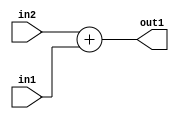
`timescale 1ps / 1ps
/*****************************************************************************
    Verilog RTL Description
    
    
    Created by: Stratus DpOpt 2019.1.01 
*******************************************************************************/

module st_weight_addr_gen_Add_32Ux16U_32U_4_0 (
	in2,
	in1,
	out1
	); /* architecture "behavioural" */ 
input [31:0] in2;
input [15:0] in1;
output [31:0] out1;
wire [31:0] asc001;

assign asc001 = 
	+(in2)
	+(in1);

assign out1 = asc001;
endmodule

/* CADENCE  ubP2Sgg= : u9/ySgnWtBlWxVPRXgAZ4Og= ** DO NOT EDIT THIS LINE ******/